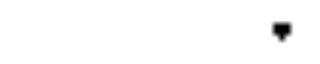
.